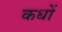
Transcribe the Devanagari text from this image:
कधों